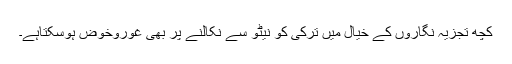
کچھ تجزیہ نگاروں کے خیال میں ترکی کو نیٹو سے نکالنے پر بھی غوروخوض ہوسکتاہے۔